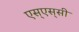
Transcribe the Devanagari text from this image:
एस्‌एस्‌सी